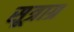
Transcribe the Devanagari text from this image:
सूत्राग्र